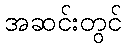
အဆင်းတွင်